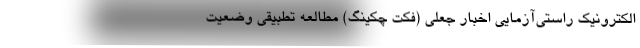
الکترونیک راستی‌آزمایی اخبار جعلی (فکت چکینگ) مطالعه تطبیقی وضعیت